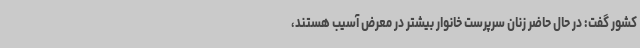
کشور گفت: در حال حاضر زنان سرپرست خانوار بیشتر در معرض آسیب هستند،